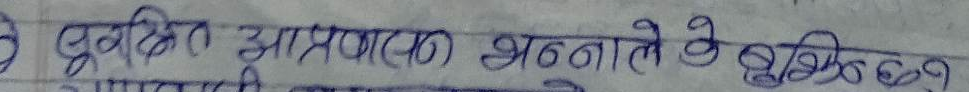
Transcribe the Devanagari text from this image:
पुस्तित आपतकाल अन्नाते है दस्तित्हर